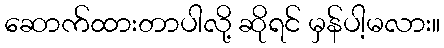
ဆောက်ထားတာပါလို့ ဆိုရင် မှန်ပါ့မလား။